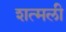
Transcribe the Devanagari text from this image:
शत्मली